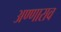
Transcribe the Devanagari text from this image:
अण्णाराव